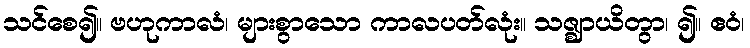
သင်စေ၍။ ဗဟုကာလံ၊ များစွာသော ကာလပတ်လုံး။ သဇ္ဈာယိတွာ၊ ၍။ ဧဝံ၊